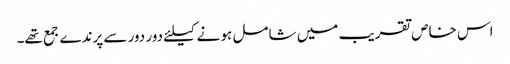
اس خاص تقریب میں شامل ہو نے کیلئے دور دور سے پرندے جمع تھے۔